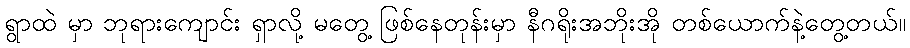
ရွာထဲ မှာ ဘုရားကျောင်း ရှာလို့ မတွေ့ ဖြစ်နေတုန်းမှာ နီဂရိုးအဘိုးအို တစ်ယောက်နဲ့တွေ့တယ်။